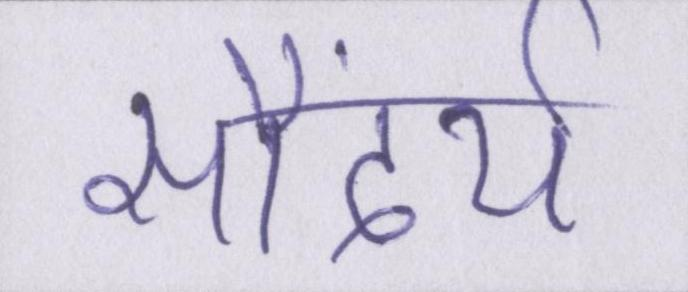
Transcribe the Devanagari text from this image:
सौंदर्य